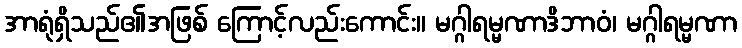
အာရုံရှိသည်၏အဖြစ် ကြောင့်လည်းကောင်း။ မဂ္ဂါရမ္မဏာဒိဘာဝံ၊ မဂ္ဂါရမ္မဏာ